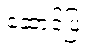
ဆောင်ပြ။